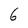
Character: G